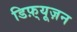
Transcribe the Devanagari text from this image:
डिफ़्यूज़न